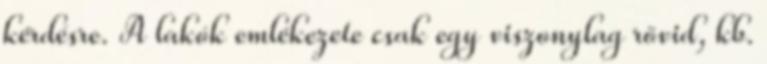
kérdésre. A lakók emlékezete csak egy viszonylag rövid, kb.